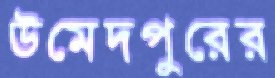
উমেদপুরের